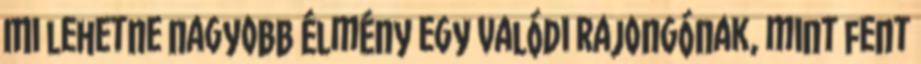
Mi lehetne nagyobb élmény egy valódi rajongónak, mint fent